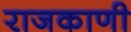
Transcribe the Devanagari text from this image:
राजकाणी